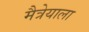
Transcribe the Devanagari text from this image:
मैत्रेयाला